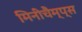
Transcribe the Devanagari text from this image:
मिनीचैम्प्स